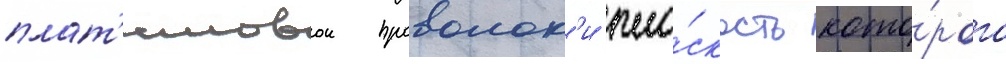
плат'иновои проволок'и пло́скость кото́рого